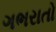
ગભરાતો